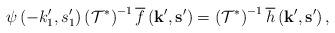
LaTeX: \begin{align*}\psi\left(-k'_{1},s'_{1}\right)\left(\mathcal{T}^{*}\right)^{-1}\overline{f}\left(\mathbf{k}',\mathbf{s}'\right)=\left(\mathcal{T}^{*}\right)^{-1}\overline{h}\left(\mathbf{k}',\mathbf{s}'\right),\end{align*}